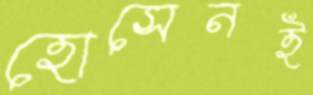
হোসেনই